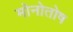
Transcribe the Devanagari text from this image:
मोनोतोष